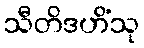
သီတိဒဟိံသု